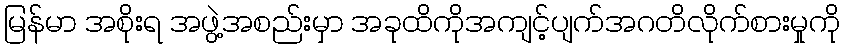
မြန်မာ အစိုးရ အဖွဲ့အစည်းမှာ အခုထိကိုအကျင့်ပျက်အဂတိလိုက်စားမှုကို